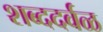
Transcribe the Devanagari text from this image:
शब्ददर्वळ